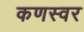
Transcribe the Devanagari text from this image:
कणस्वर